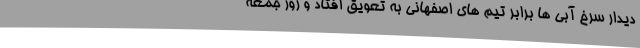
دیدار سرخ‌ آبی‌ ها برابر تیم‌ های اصفهانی به تعویق افتاد و روز جمعه